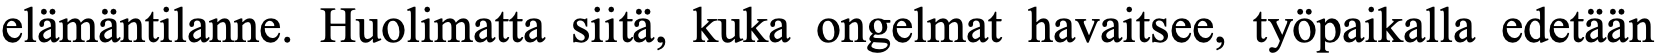
elämäntilanne. Huolimatta siitä, kuka ongelmat havaitsee, työpaikalla edetään